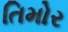
તિમોર